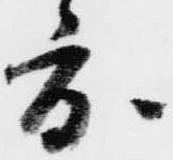
度